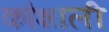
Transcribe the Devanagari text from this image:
कौशाली